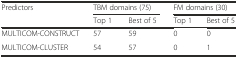
<table><thead><tr><td rowspan="2"><b>Predictors</b></td><td colspan="2"><b>TBM domains (75)</b></td><td colspan="2"><b>FM domains (30)</b></td></tr><tr><td><b>Top 1</b></td><td><b>Best of 5</b></td><td><b>Top 1</b></td><td><b>Best of 5</b></td></tr></thead><tbody><tr><td>MULTICOM-CONSTRUCT</td><td>57</td><td>59</td><td>0</td><td>0</td></tr><tr><td>MULTICOM-CLUSTER</td><td>54</td><td>57</td><td>0</td><td>1</td></tr></tbody></table>